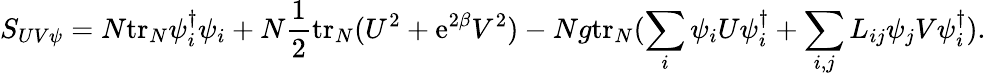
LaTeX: S_{UV\psi}=N\mathrm{tr}_{N}\psi_{i}^{\dagger}\psi_{i}+N\frac{1}{2}\mathrm{tr}_{N}(U^{2}+\mathrm{e}^{2\beta}V^{2})-Ng\mathrm{tr}_{N}(\sum_{i}\psi_{i}U\psi_{i}^{\dagger}+\sum_{i,j}L_{ij}\psi_{j}V\psi_{i}^{\dagger}).